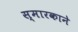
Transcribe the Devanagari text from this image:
स्मारकाने